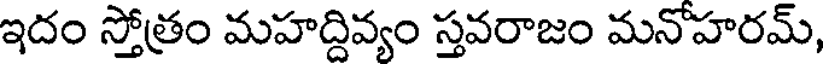
ఇదం స్తోత్రం మహద్దివ్యం స్తవరాజం మనోహరమ్,